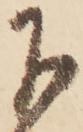
下